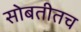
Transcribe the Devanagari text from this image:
सोबतीतच